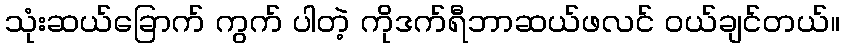
သုံးဆယ်ခြောက် ကွက် ပါတဲ့ ကိုဒက်ရီဘာဆယ်ဖလင် ဝယ်ချင်တယ်။